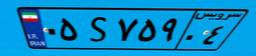
۵۵S۱۱۹۰۳